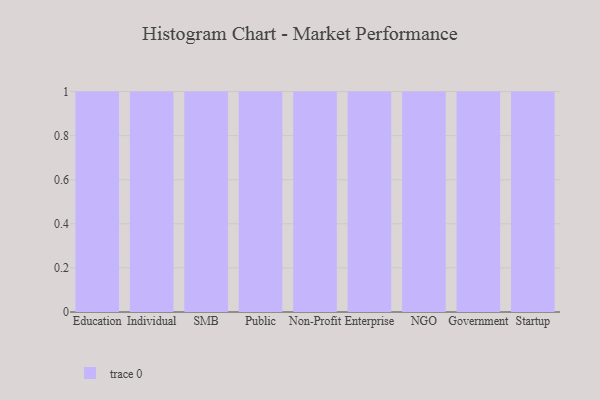
{"axis": {"x": "Segment", "y": "Net Income (USD K)"}, "legend": [""], "data": [{"x": "Education", "y": 24, "type": ""}, {"x": "Individual", "y": 50, "type": ""}, {"x": "SMB", "y": 63, "type": ""}, {"x": "Public", "y": 65, "type": ""}, {"x": "Non-Profit", "y": 8, "type": ""}, {"x": "Enterprise", "y": 38, "type": ""}, {"x": "NGO", "y": 27, "type": ""}, {"x": "Government", "y": 66, "type": ""}, {"x": "Startup", "y": 7, "type": ""}]}